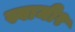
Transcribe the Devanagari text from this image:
स्वामी२